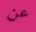
عن